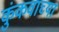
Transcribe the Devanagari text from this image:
कुंकवाच्या